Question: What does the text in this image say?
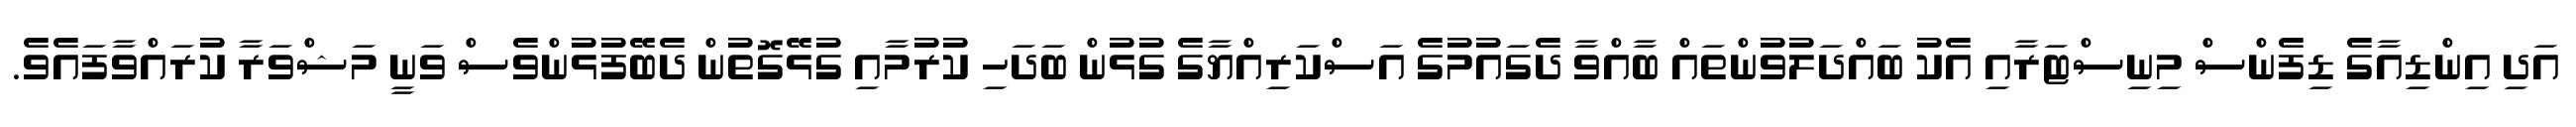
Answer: އަދި އިންޑިއާގެ ޑިފެންސް މިނިސްޓަރާއި އެކު ބައްދަލުވުންތައް ބާއްވާ ދެގައުމުގެ އަސްކަރިއްޔާގެ ގުޅުން ބަދަހި ކުރުމާއި ގުޅޭގޮތުން ދެބޭފުޅުންވެސް ވަނީ މަޝްވަރާ ކުރައްވާފައެވެ.